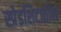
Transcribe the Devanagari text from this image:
स्प्रेडशिटातील